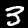
Label: 3